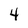
Character: 4